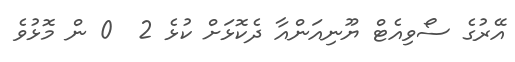
އޭރުގެ ސޯވިއެޓް ޔޫނިއަންއާ ދެކޮޅަށް ކުޅެ 2  0 ން މޮޅުވެ